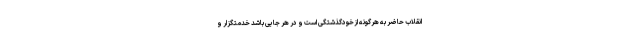
انقلاب حاضر به هرگونه ازخودگذشتگى است و در هر جایى باشد خدمتگزار و